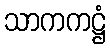
သာကကဋ္ဌံ